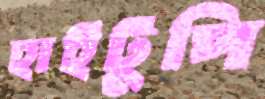
হাইটুপি